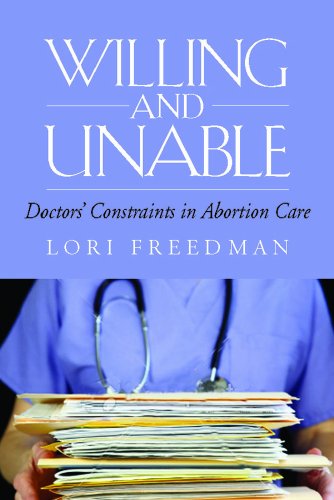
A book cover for Willing and Unable: Doctors' Constraints in Abortion Care; Lori R. Freedman; Politics & Social Sciences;